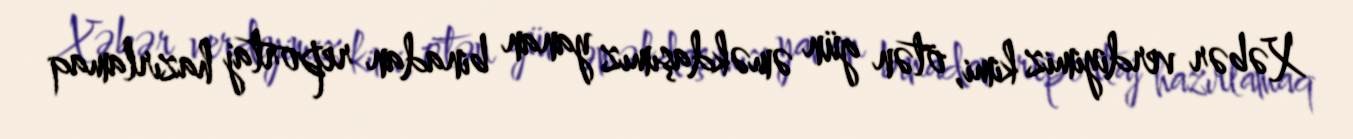
Xəbər verdiyimiz kimi, ötən gün əməkdaşımız yanan binadan reportaj hazırlamaq